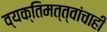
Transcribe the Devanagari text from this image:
व्यक्तिमत्त्वांचाही